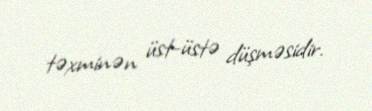
təxminən üst-üstə düşməsidir.